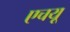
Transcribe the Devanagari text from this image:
एचयू